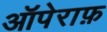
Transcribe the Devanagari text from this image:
ऑपेराफ़